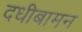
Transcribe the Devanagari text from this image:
दधीबामन